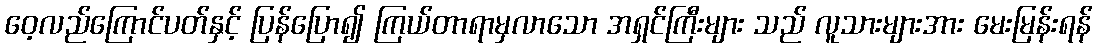
ဝေ့လည်ကြောင်ပတ်နှင့် ပြန်ပြော၍ ကြယ်တာရာမှလာသော အရှင်ကြီးများ သည် လူသားများအား မေးမြန်းရန်